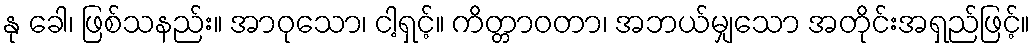
နု ခေါ၊ ဖြစ်သနည်း။ အာဝုသော၊ ငါ့ရှင့်။ ကိတ္တာဝတာ၊ အဘယ်မျှသော အတိုင်းအရှည်ဖြင့်။